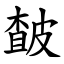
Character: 皶